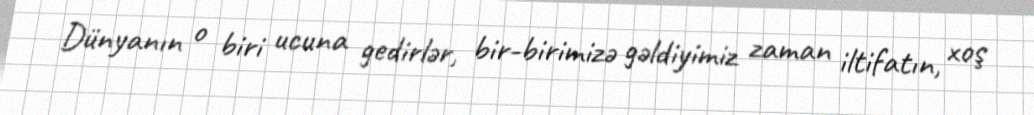
Dünyanın o biri ucuna gedirlər, bir-birimizə gəldiyimiz zaman iltifatın, xoş